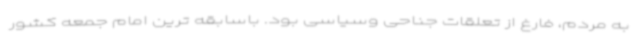
به مردم، فارغ از تعلقات جناحی وسیاسی بود. باسابقه ترین امام جمعه کشور